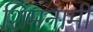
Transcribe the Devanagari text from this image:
शिमनामी